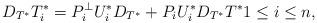
LaTeX: \begin{align*}D_{T^*}T_i^*=P_i^{\perp}U_i^*D_{T^*}+P_iU_i^*D_{T^*}T^* 1 \leq i \leq n,\end{align*}